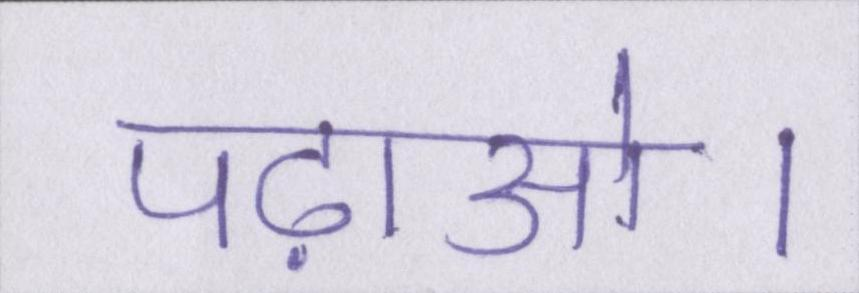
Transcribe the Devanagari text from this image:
पढ़ाओ।